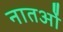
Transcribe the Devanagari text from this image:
नातओं